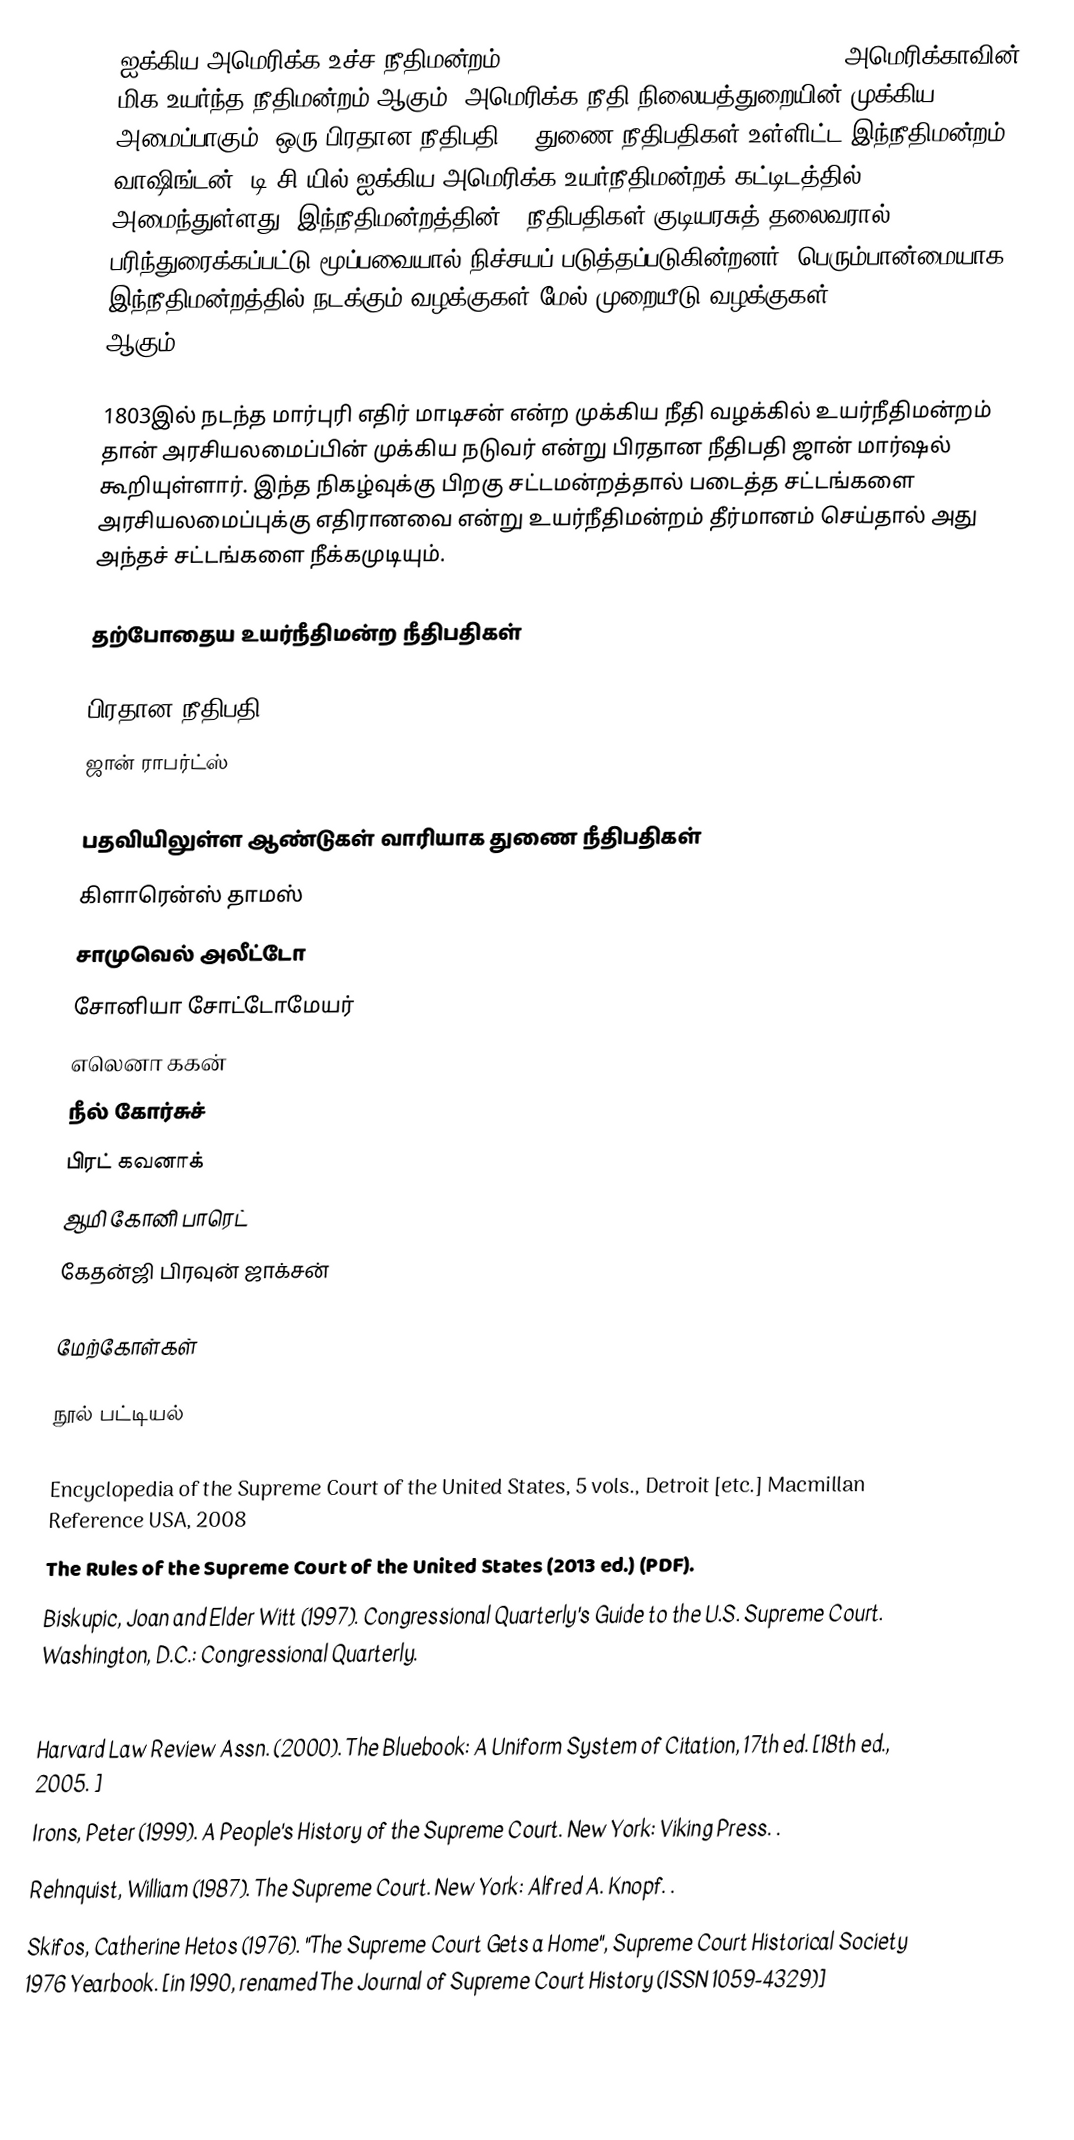
ஐக்கிய அமெரிக்க உச்ச நீதிமன்றம் (Supreme Court of the United States) அமெரிக்காவின் மிக உயர்ந்த நீதிமன்றம் ஆகும். அமெரிக்க நீதி நிலையத்துறையின் முக்கிய அமைப்பாகும். ஒரு பிரதான நீதிபதி, 8 துணை நீதிபதிகள் உள்ளிட்ட இந்நீதிமன்றம் வாஷிங்டன், டி.சி.யில் ஐக்கிய அமெரிக்க உயர்நீதிமன்றக் கட்டிடத்தில் அமைந்துள்ளது. இந்நீதிமன்றத்தின் 9 நீதிபதிகள் குடியரசுத் தலைவரால் பரிந்துரைக்கப்பட்டு மூப்பவையால் நிச்சயப் படுத்தப்படுகின்றனர். பெரும்பான்மையாக இந்நீதிமன்றத்தில் நடக்கும் வழக்குகள் மேல் முறையீடு வழக்குகள் (appellate cases) ஆகும்.

1803இல் நடந்த மார்புரி எதிர் மாடிசன் என்ற முக்கிய நீதி வழக்கில் உயர்நீதிமன்றம் தான் அரசியலமைப்பின் முக்கிய நடுவர் என்று பிரதான நீதிபதி ஜான் மார்ஷல் கூறியுள்ளார். இந்த நிகழ்வுக்கு பிறகு சட்டமன்றத்தால் படைத்த சட்டங்களை அரசியலமைப்புக்கு எதிரானவை என்று உயர்நீதிமன்றம் தீர்மானம் செய்தால் அது அந்தச் சட்டங்களை நீக்கமுடியும்.

தற்போதைய உயர்நீதிமன்ற நீதிபதிகள்

பிரதான நீதிபதி
 ஜான் ராபர்ட்ஸ்

பதவியிலுள்ள ஆண்டுகள் வாரியாக துணை நீதிபதிகள்
 கிளாரென்ஸ் தாமஸ்
 சாமுவெல் அலீட்டோ
 சோனியா சோட்டோமேயர்
 எலெனா ககன்
 நீல் கோர்சுச்
 பிரட் கவனாக்
 ஆமி கோனி பாரெட்
 கேதன்ஜி பிரவுன் ஜாக்சன்

மேற்கோள்கள்

நூல் பட்டியல்

 Encyclopedia of the Supreme Court of the United States, 5 vols., Detroit [etc.]  Macmillan Reference USA, 2008
 The Rules of the Supreme Court of the United States  (2013 ed.) (PDF).
 Biskupic, Joan and Elder Witt (1997). Congressional Quarterly's Guide to the U.S. Supreme Court. Washington, D.C.: Congressional Quarterly.

 Harvard Law Review Assn. (2000). The Bluebook: A Uniform System of Citation, 17th ed. [18th ed., 2005. ]
 Irons, Peter (1999). A People's History of the Supreme Court. New York: Viking Press. .
 Rehnquist, William (1987). The Supreme Court. New York: Alfred A. Knopf. .
 Skifos, Catherine Hetos (1976). "The Supreme Court Gets a Home", Supreme Court Historical Society 1976 Yearbook. [in 1990, renamed The Journal of Supreme Court History (ISSN 1059-4329)]
 Warren, Charles (1924). The Supreme Court in United States History (3 volumes). Boston: